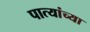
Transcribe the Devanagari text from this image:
पात्यांच्या